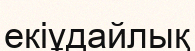
екіұдайлық